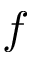
f